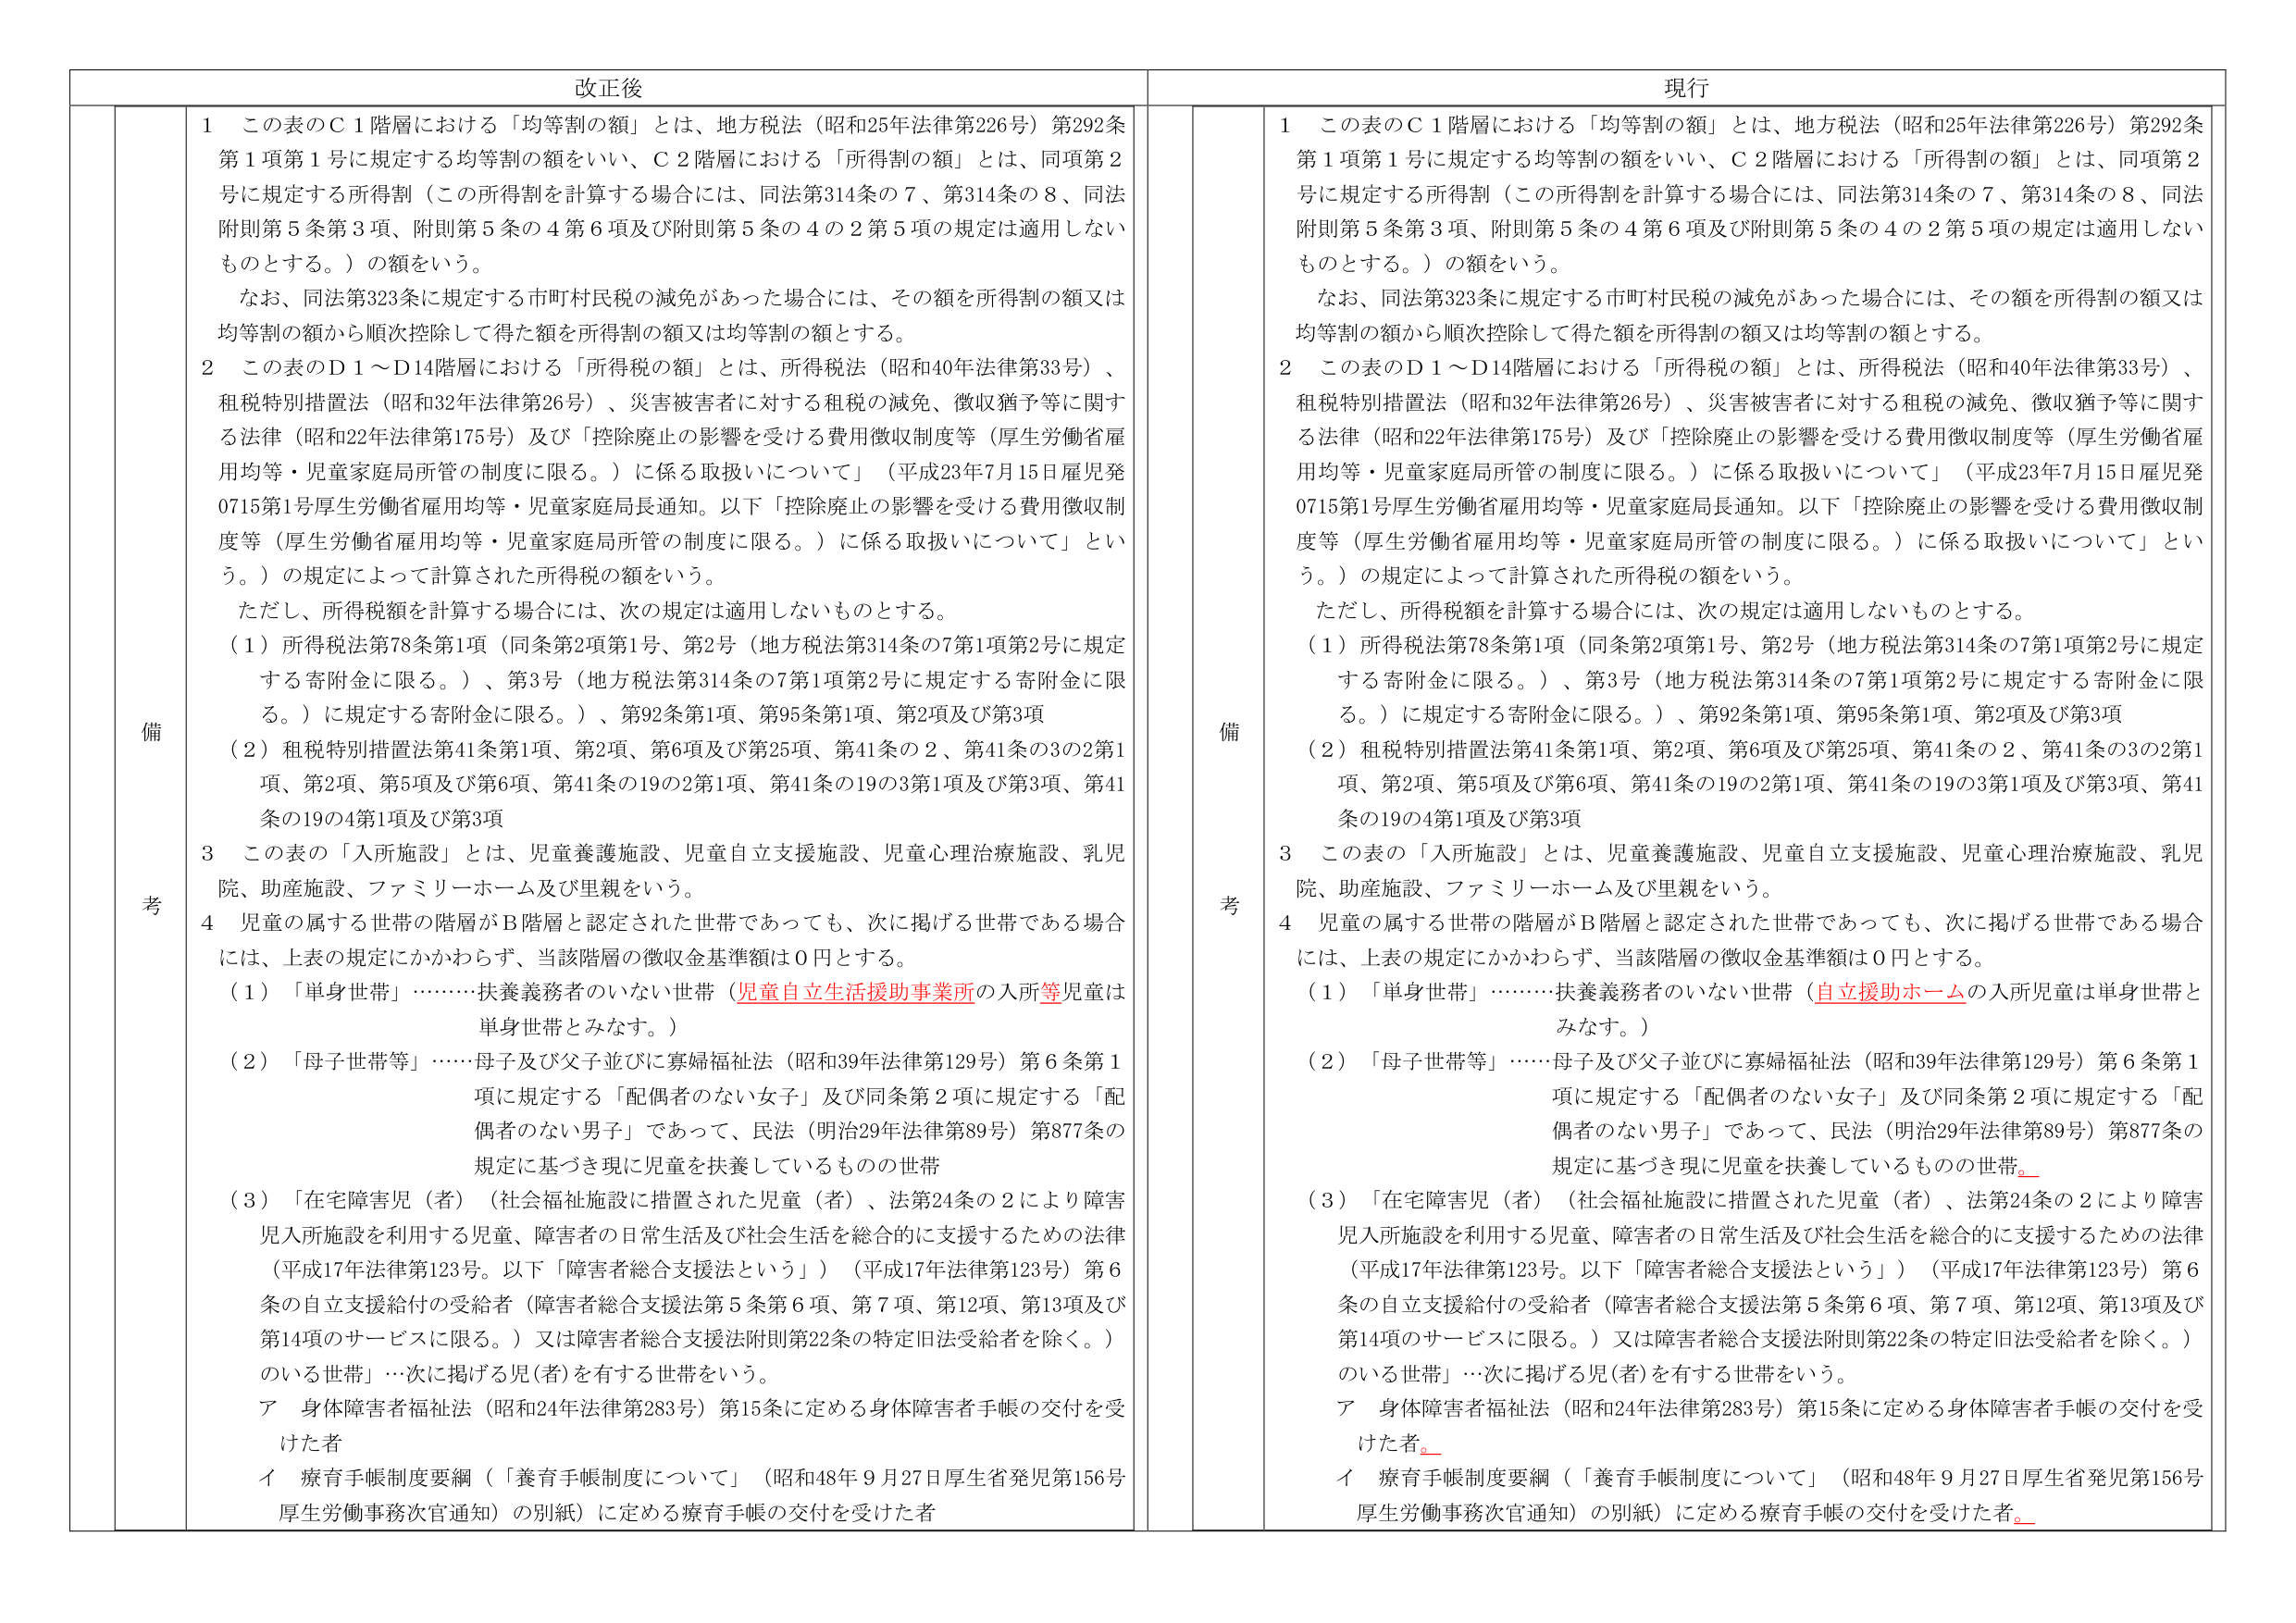
改正後

備考
1　この表のＣ１階層における「均等割の額」とは、地方税法（昭和25年法律第226号）第292条第１項第１号に規定する均等割の額をいい、Ｃ２階層における「所得割の額」とは、同項第２号に規定する所得割（この所得割を計算する場合には、同法第314条の７、第314条の８、同法附則第５条第３項、附則第５条の４第６項及び附則第５条の４の２第５項の規定は適用しないものとする。）の額をいう。
　　なお、同法第323条に規定する市町村民税の減免があった場合には、その額を所得割の額又は均等割の額から順次控除して得た額を所得割の額又は均等割の額とする。
2　この表のＤ１～Ｄ14階層における「所得税の額」とは、所得税法（昭和40年法律第33号）、租税特別措置法（昭和32年法律第26号）、災害被害者に対する租税の減免、徴収猶予等に関する法律（昭和22年法律第175号）及び「控除廃止の影響を受ける費用徴収制度等（厚生労働省雇用均等・児童家庭局所管の制度に限る。）に係る取扱いについて」（平成23年7月15日雇児発0715第1号厚生労働省雇用均等・児童家庭局長通知。以下「控除廃止の影響を受ける費用徴収制度等（厚生労働省雇用均等・児童家庭局所管の制度に限る。）に係る取扱いについて」という。）の規定によって計算された所得税の額をいう。
　　ただし、所得税額を計算する場合には、次の規定は適用しないものとする。
　　（１）所得税法第78条第1項（同条第2項第1号、第2号（地方税法第314条の7第1項第2号に規定する寄附金に限る。）、第3号（地方税法第314条の7第1項第2号に規定する寄附金に限る。）に規定する寄附金に限る。）、第92条第1項、第95条第1項、第2項及び第3項
　　（２）租税特別措置法第41条第1項、第2項、第6項及び第25項、第41条の２、第41条の3の2第1項、第2項、第5項及び第6項、第41条の19の2第1項、第41条の19の3第1項及び第3項、第41条の19の4第1項及び第3項
3　この表の「入所施設」とは、児童養護施設、児童自立支援施設、児童心理治療施設、乳児院、助産施設、ファミリーホーム及び里親をいう。
4　児童の属する世帯の階層がＢ階層と認定された世帯であっても、次に掲げる世帯である場合には、上表の規定にかかわらず、当該階層の徴収金基準額は０円とする。
　　（１）「単身世帯」………扶養義務者のいない世帯（児童自立生活援助事業所の入所等児童は単身世帯とみなす。）
　　（２）「母子世帯等」……母子及び父子並びに寡婦福祉法（昭和39年法律第129号）第６条第１項に規定する「配偶者のない女子」及び同条第２項に規定する「配偶者のない男子」であって、民法（明治29年法律第89号）第877条の規定に基づき現に児童を扶養しているものの世帯
　　（３）「在宅障害児（者）（社会福祉施設に措置された児童（者）、法第24条の２により障害児入所施設を利用する児童、障害者の日常生活及び社会生活を総合的に支援するための法律（平成17年法律第123号。以下「障害者総合支援法という」）（平成17年法律第123号）第６条の自立支援給付の受給者（障害者総合支援法第５条第６項、第７項、第12項、第13項及び第14項のサービスに限る。）又は障害者総合支援法附則第22条の特定旧法受給者を除く。）のいる世帯」…次に掲げる児(者)を有する世帯をいう。
　　　ア　身体障害者福祉法（昭和24年法律第283号）第15条に定める身体障害者手帳の交付を受けた者
　　　イ　療育手帳制度要綱（「養育手帳制度について」（昭和48年９月27日厚生省発児第156号厚生労働事務次官通知）の別紙）に定める療育手帳の交付を受けた者

現行

備考
1　この表のＣ１階層における「均等割の額」とは、地方税法（昭和25年法律第226号）第292条第１項第１号に規定する均等割の額をいい、Ｃ２階層における「所得割の額」とは、同項第２号に規定する所得割（この所得割を計算する場合には、同法第314条の７、第314条の８、同法附則第５条第３項、附則第５条の４第６項及び附則第５条の４の２第５項の規定は適用しないものとする。）の額をいう。
　　なお、同法第323条に規定する市町村民税の減免があった場合には、その額を所得割の額又は均等割の額から順次控除して得た額を所得割の額又は均等割の額とする。
2　この表のＤ１～Ｄ14階層における「所得税の額」とは、所得税法（昭和40年法律第33号）、租税特別措置法（昭和32年法律第26号）、災害被害者に対する租税の減免、徴収猶予等に関する法律（昭和22年法律第175号）及び「控除廃止の影響を受ける費用徴収制度等（厚生労働省雇用均等・児童家庭局所管の制度に限る。）に係る取扱いについて」（平成23年7月15日雇児発0715第1号厚生労働省雇用均等・児童家庭局長通知。以下「控除廃止の影響を受ける費用徴収制度等（厚生労働省雇用均等・児童家庭局所管の制度に限る。）に係る取扱いについて」という。）の規定によって計算された所得税の額をいう。
　　ただし、所得税額を計算する場合には、次の規定は適用しないものとする。
　　（１）所得税法第78条第1項（同条第2項第1号、第2号（地方税法第314条の7第1項第2号に規定する寄附金に限る。）、第3号（地方税法第314条の7第1項第2号に規定する寄附金に限る。）に規定する寄附金に限る。）、第92条第1項、第95条第1項、第2項及び第3項
　　（２）租税特別措置法第41条第1項、第2項、第6項及び第25項、第41条の２、第41条の3の2第1項、第2項、第5項及び第6項、第41条の19の2第1項、第41条の19の3第1項及び第3項、第41条の19の4第1項及び第3項
3　この表の「入所施設」とは、児童養護施設、児童自立支援施設、児童心理治療施設、乳児院、助産施設、ファミリーホーム及び里親をいう。
4　児童の属する世帯の階層がＢ階層と認定された世帯であっても、次に掲げる世帯である場合には、上表の規定にかかわらず、当該階層の徴収金基準額は０円とする。
　　（１）「単身世帯」………扶養義務者のいない世帯（自立援助ホームの入所児童は単身世帯とみなす。）
　　（２）「母子世帯等」……母子及び父子並びに寡婦福祉法（昭和39年法律第129号）第６条第１項に規定する「配偶者のない女子」及び同条第２項に規定する「配偶者のない男子」であって、民法（明治29年法律第89号）第877条の規定に基づき現に児童を扶養しているものの世帯。
　　（３）「在宅障害児（者）（社会福祉施設に措置された児童（者）、法第24条の２により障害児入所施設を利用する児童、障害者の日常生活及び社会生活を総合的に支援するための法律（平成17年法律第123号。以下「障害者総合支援法という」）（平成17年法律第123号）第６条の自立支援給付の受給者（障害者総合支援法第５条第６項、第７項、第12項、第13項及び第14項のサービスに限る。）又は障害者総合支援法附則第22条の特定旧法受給者を除く。）のいる世帯」…次に掲げる児(者)を有する世帯をいう。
　　　ア　身体障害者福祉法（昭和24年法律第283号）第15条に定める身体障害者手帳の交付を受けた者。
　　　イ　療育手帳制度要綱（「養育手帳制度について」（昭和48年９月27日厚生省発児第156号厚生労働事務次官通知）の別紙）に定める療育手帳の交付を受けた者。